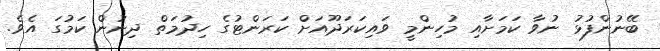
ބޭނުންފުޅު ނުވާ ކަމަށާއި މުހިންމީ ވައިކަރަދޫއަށް ކަރަންޓުގެ ހިދުމަތް ދިނުން ކަމުގަ އެވެ.